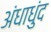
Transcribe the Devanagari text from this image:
अंधाधुंद